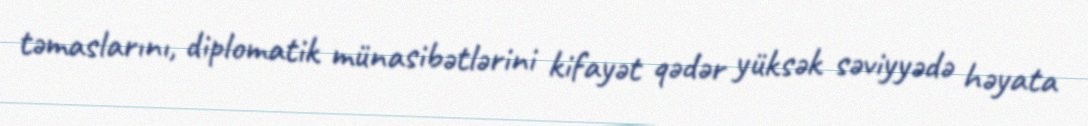
təmaslarını, diplomatik münasibətlərini kifayət qədər yüksək səviyyədə həyata